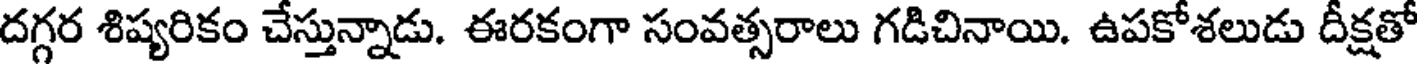
దగ్గర శిష్యరికం చేస్తున్నాడు. ఈరకంగా సంవత్సరాలు గడిచినాయి. ఉపకోశలుడు దీక్షతో